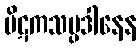
ပိဋကသမ္ပဒါနေန